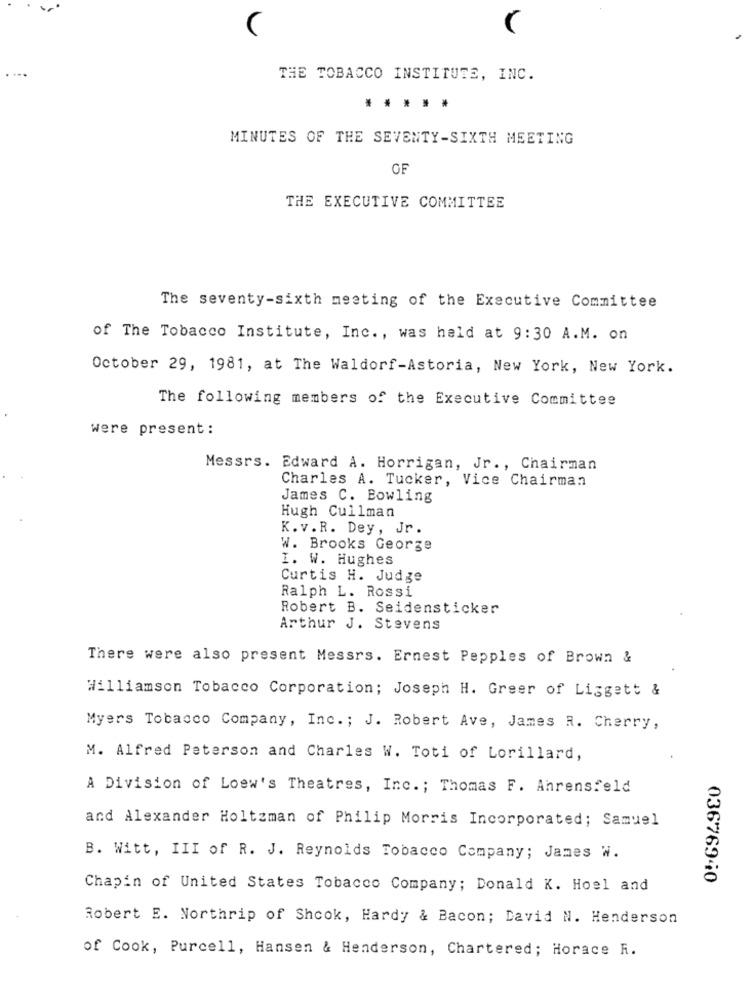
C
THE TOBACCO INSTITUTE, INC.
.....
MINUTES OF THE SEVENTY-SIXTH MEETING
OF
THE EXECUTIVE COMMITTEE
The seventy-sixth meeting of the Executive Committee
of The Tobacco Institute, Inc ., was held at 9:30 A.M. on
October 29, 1981, at The Waldorf-Astoria, New York, New York.
The following members of the Executive Committee
were present:
Messrs. Edward A. Horrigan, Jr ., Chairman
Charles A. Tucker, Vice Chairman
James C. Bowling
Hugh Cullman
K.v.R. Dey, Jr.
W. Brooks George
I. W. Hughes
Curtis H. Judge
Ralph L. Rossi
Robert B. Seidensticker
Arthur J. Stevens
There were also present Messrs. Ernest Pepples of Brown &
Williamson Tobacco Corporation; Joseph H. Greer of Liggett &
Myers Tobacco Company, Inc. ; J. Robert Ave, James R. Cherry,
M. Alfred Peterson and Charles W. Toti of Lorillard,
A Division of Loew's Theatres, Inc. ; Thomas F. Ahrensfeld
and Alexander Holtzman of Philip Morris Incorporated; Samuel
B. Witt, III of R. J. Reynolds Tobacco Company; James W.
03676940
Chapin of United States Tobacco Company; Donald K. Hoel and
Robert E. Northrip of Shook, Hardy & Bacon; David N. Henderson
of Cook, Purcell, Hansen & Henderson, Chartered; Horace R.